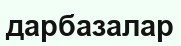
дарбазалар